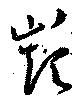
巓